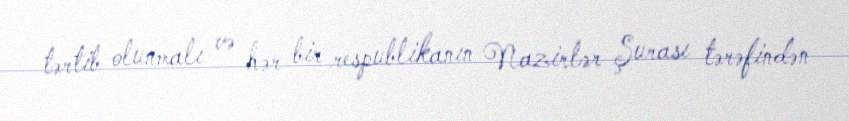
tərtib olunmalı və hər bir respublikanın Nazirlər Şurası tərəfindən